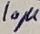
Text: 10µ